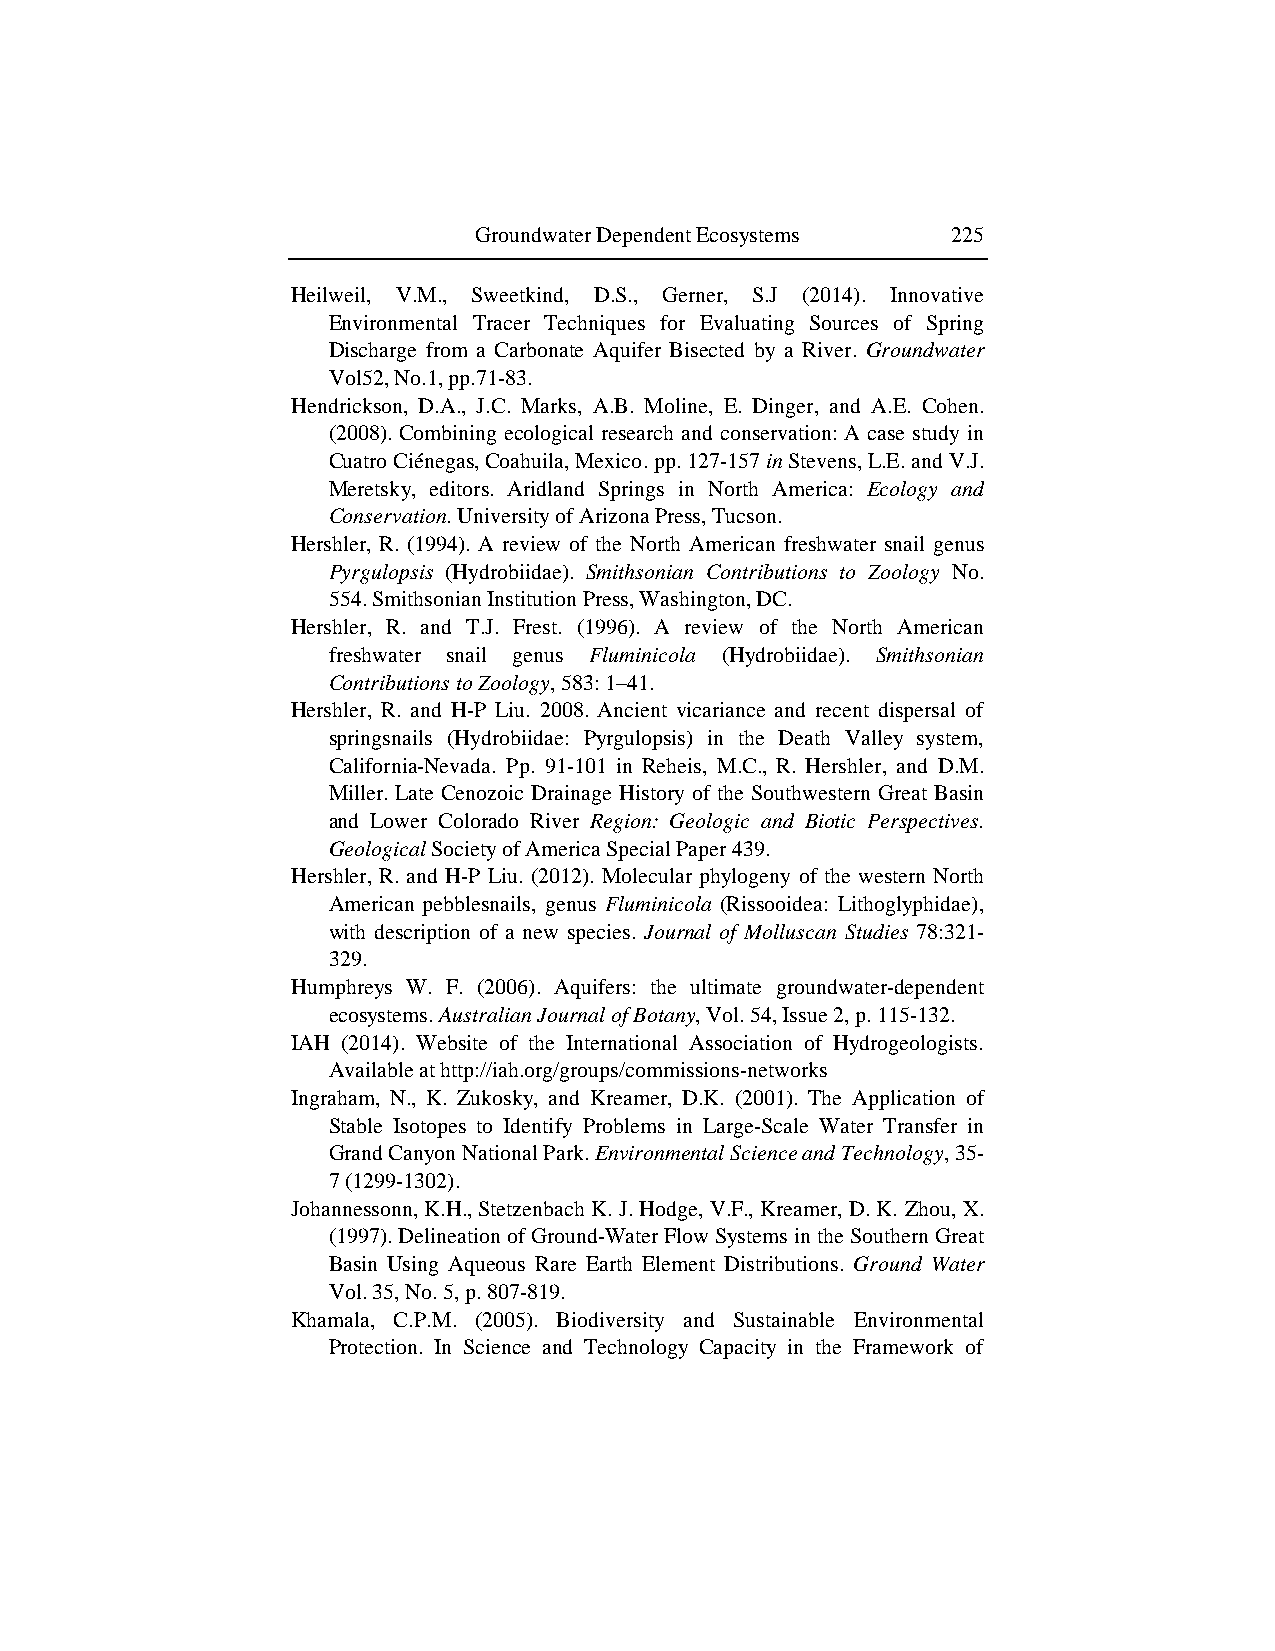
Groundwater Dependent Ecosystems 225
 Heilweil, V.M., Sweetkind, D.S., Gerner, S.J (2014). Innovative
 Environmental Tracer Techniques for Evaluating Sources of Spring
 Discharge from a Carbonate Aquifer Bisected by a River. Groundwater
 Vol52, No.1, pp.71-83.
 Hendrickson, D.A., J.C. Marks, A.B. Moline, E. Dinger, and A.E. Cohen.
 (2008). Combining ecological research and conservation: A case study in
 Cuatro Ciénegas, Coahuila, Mexico. pp. 127-157 in Stevens, L.E. and V.J.
 Meretsky, editors. Aridland Springs in North America: Ecology and
 Conservation. University of Arizona Press, Tucson.
 Hershler, R. (1994). A review of the North American freshwater snail genus
 Pyrgulopsis (Hydrobiidae). Smithsonian Contributions to Zoology No.
 554. Smithsonian Institution Press, Washington, DC.
 Hershler, R. and T.J. Frest. (1996). A review of the North American
 freshwater snail genus Fluminicola (Hydrobiidae). Smithsonian
 Contributions to Zoology, 583: 1–41.
 Hershler, R. and H-P Liu. 2008. Ancient vicariance and recent dispersal of
 springsnails (Hydrobiidae: Pyrgulopsis) in the Death Valley system,
 California-Nevada. Pp. 91-101 in Reheis, M.C., R. Hershler, and D.M.
 Miller. Late Cenozoic Drainage History of the Southwestern Great Basin
 and Lower Colorado River Region: Geologic and Biotic Perspectives.
 Geological Society of America Special Paper 439.
 Hershler, R. and H-P Liu. (2012). Molecular phylogeny of the western North
 American pebblesnails, genus Fluminicola (Rissooidea: Lithoglyphidae),
 with description of a new species. Journal of Molluscan Studies 78:321-
 329.
 Humphreys W. F. (2006). Aquifers: the ultimate groundwater-dependent
 ecosystems. Australian Journal of Botany, Vol. 54, Issue 2, p. 115-132.
 IAH (2014). Website of the International Association of Hydrogeologists.
 Available at http://iah.org/groups/commissions-networks
 Ingraham, N., K. Zukosky, and Kreamer, D.K. (2001). The Application of
 Stable Isotopes to Identify Problems in Large-Scale Water Transfer in
 Grand Canyon National Park. Environmental Science and Technology, 35-
 7 (1299-1302).
 Johannessonn, K.H., Stetzenbach K. J. Hodge, V.F., Kreamer, D. K. Zhou, X.
 (1997). Delineation of Ground-Water Flow Systems in the Southern Great
 Basin Using Aqueous Rare Earth Element Distributions. Ground Water
 Vol. 35, No. 5, p. 807-819.
 Khamala, C.P.M. (2005). Biodiversity and Sustainable Environmental
 Protection. In Science and Technology Capacity in the Framework of